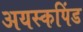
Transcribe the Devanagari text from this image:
अयस्कपिंड